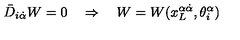
\bar { D } _ { i \dot { \alpha } } W = 0 \quad \Rightarrow \quad W = W ( x _ { L } ^ { \alpha \dot { \alpha } } , \theta _ { i } ^ { \alpha } )